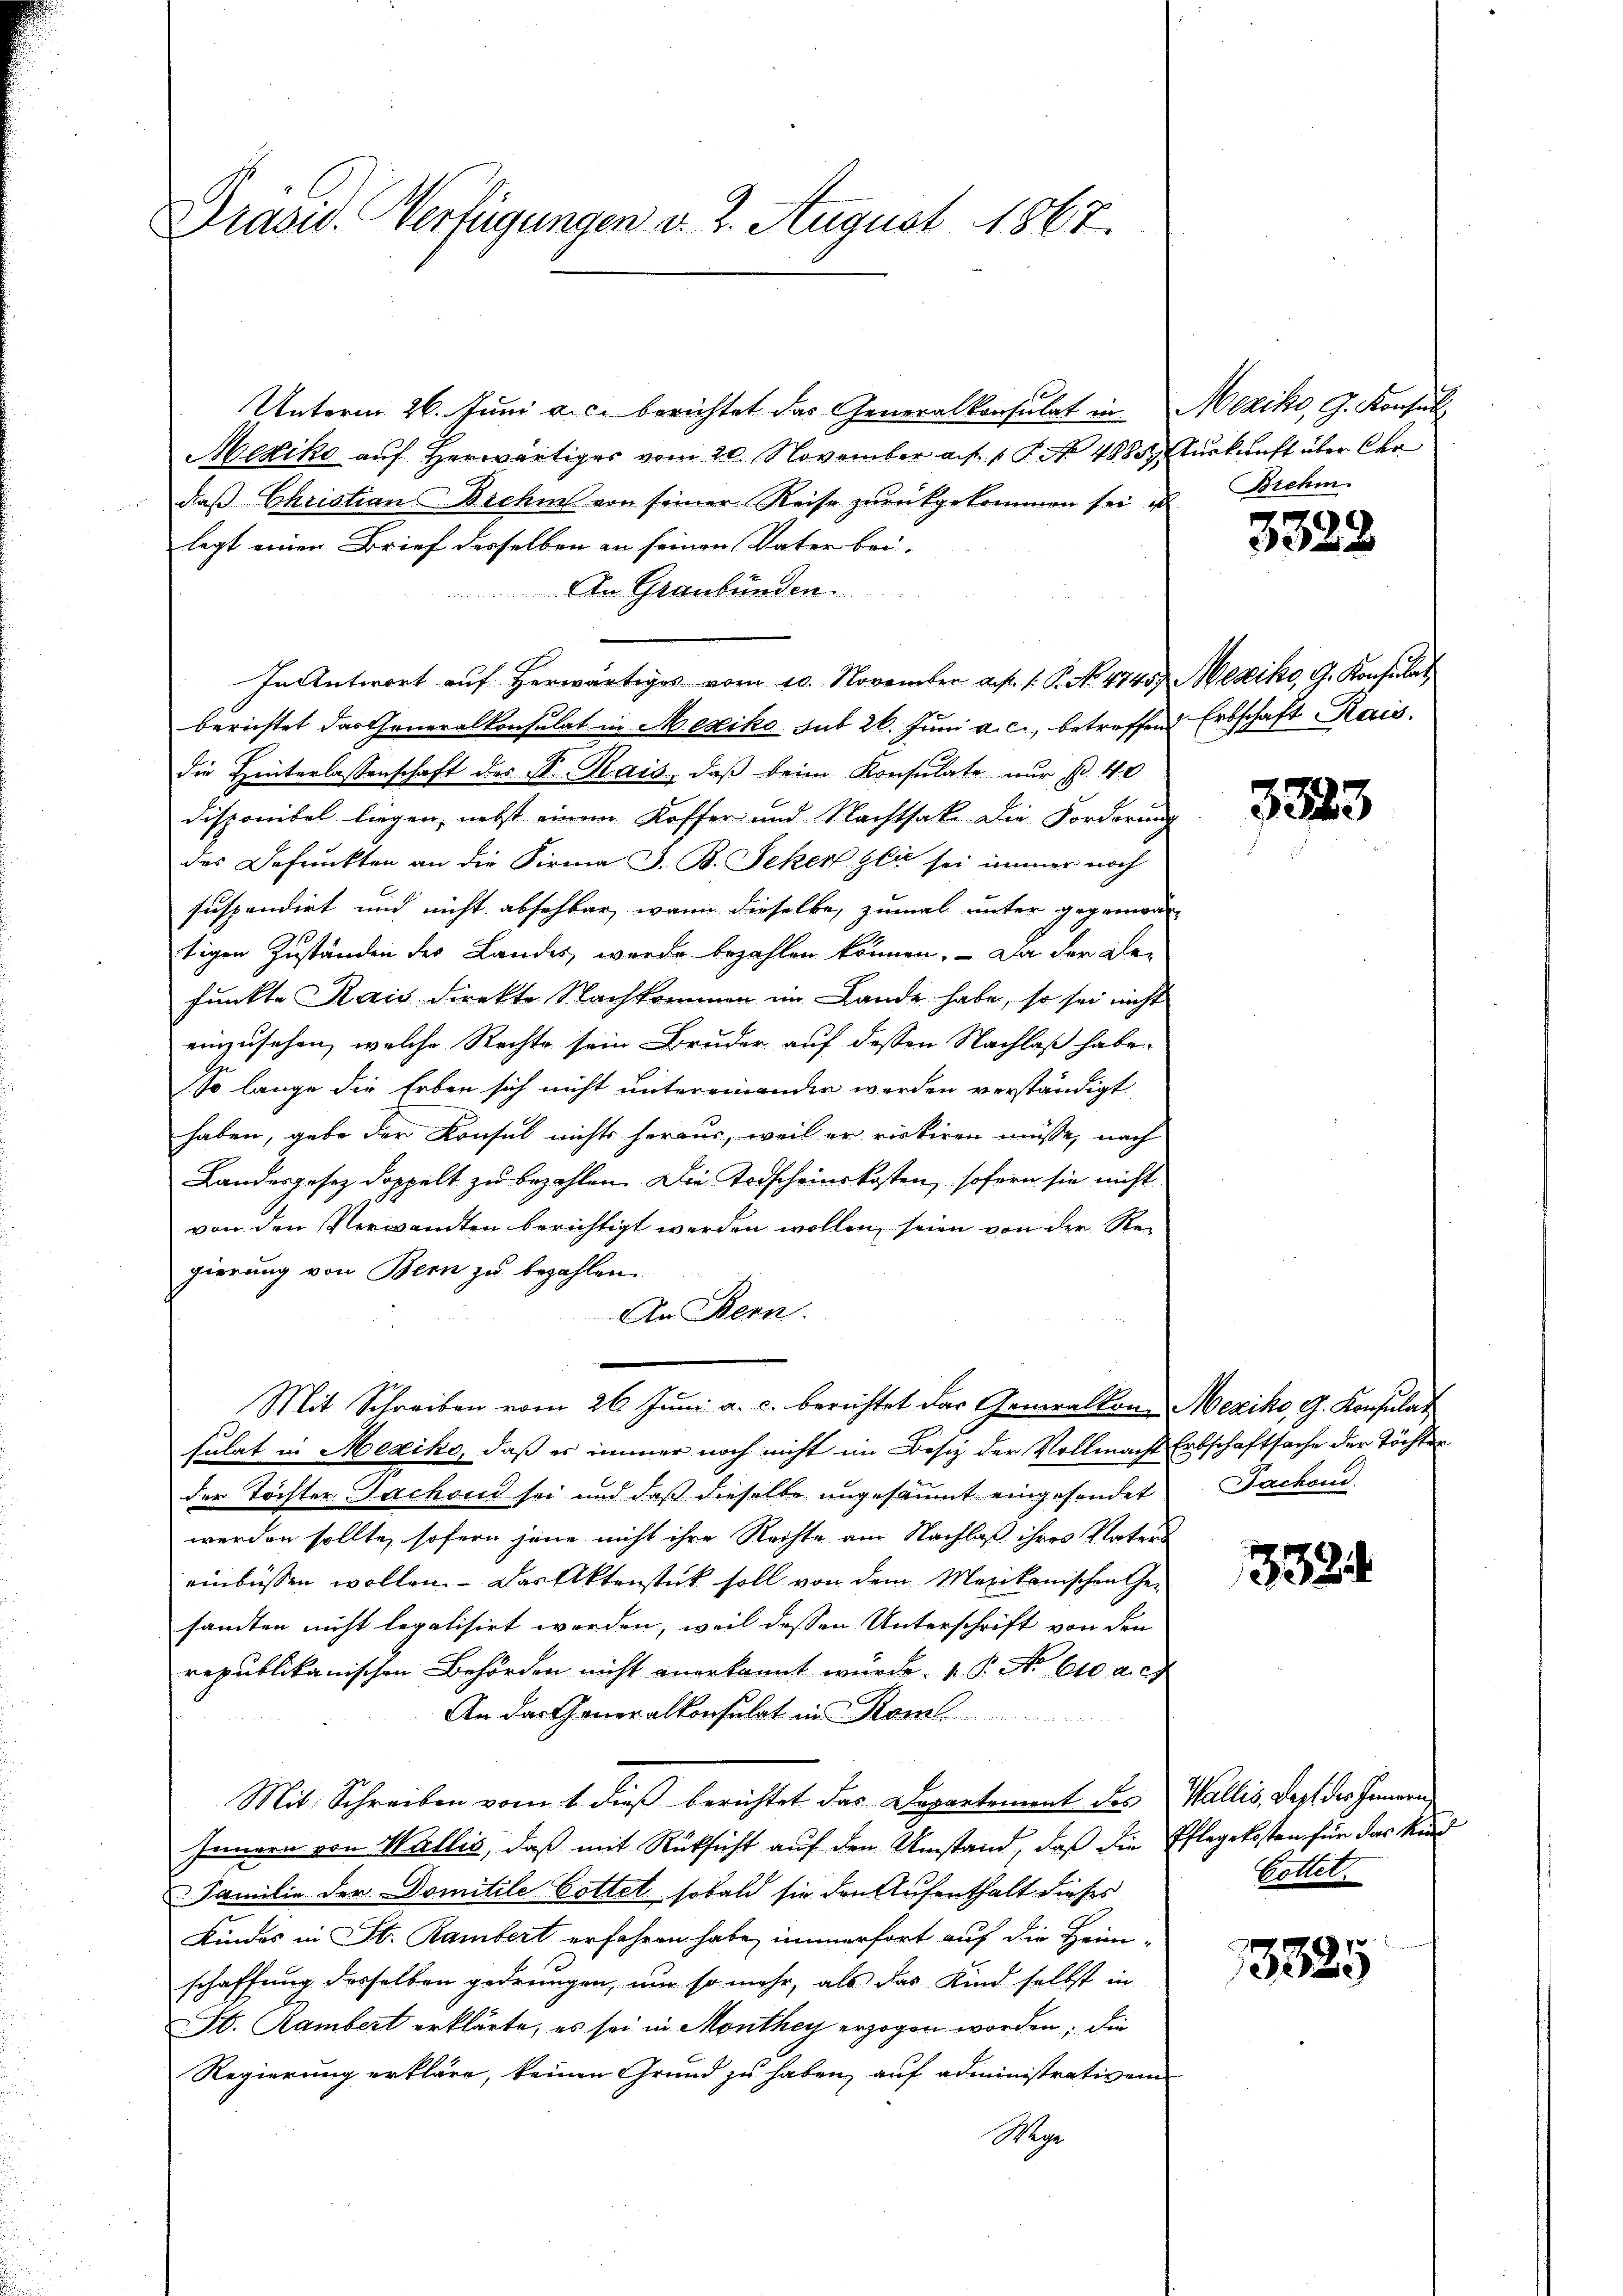
Drasu. Verfügungen d. 2. August 1867.

Unterm 26. Juni a.c. berichtet das Generalkonsulat in Mexiko, G. Konsul
Mexiko auf Herwärtiges vom 20. November ad 1. No 488. Auskunft über der
daß Christian Biche von seiner Reise zurückgekommen sei, u
legt einen Brief desselben an seinen Vater bei-
An Graubünden.
In Antwort auf herwärtiges vom 10. November a. p. 1. P. No. 4745) Mexiko, G. Konsulat
berichtet das Generalkonsulat in Mesiko sub 26. Juni a. c., betreffend Erbschaft Kais.
die Hinterlassenschaft des S. Rais, daβ beim Konsulate nur § 40
Disponibel liegen, nebst einem Koffer und Nachtsak. Die Forderung
des Befruckten an die Firma J. B. Schen Glie sei immer noch
suspendirt und nicht absehbar, wenn dieselbe, zumal unter gegenwär
tigen Zuständen der Landes werde bezahlen können. - Da der glefunkte Rais direkte Nachkommen im Lande habe, so sei nicht
einzusehen, welche Rechte sein Bruder auf dessen Nachlaß habe.
So lange die Erben sich nicht untereinander werden verständigt
haben, gebe der Konsul nichts heraus, weil er rickiren müsse, nach
Landesgesetz doppelt zu bezahlen. Die Todscheinskosten, sofern sie nicht
von den Verwandten berichtigt werden wollen, seien von der Regierung von Bern zu bezahlen.
An Bern.
Mit Schreiben vom 26. Juni a. c. berichtet das Generalkon-Mexiko, G. Konsulat
sulat in Mexiko, daß es immer noch nicht im Besiz der Vollmacht Erbschaftsache der Töchter
der Töchter Sachend sei und daß dieselbe ungesäumt eingesondet
werden sollte, sofern jene nicht ihre Rechte am Nachlaß ihres Vaters
einbüssen wollen. Das Aktenstück soll von dem Mexikanischen Gesandten nicht legalisirt werden, weil dessen Unterschrift von den
republikanischen Behörden nicht anerkannt wurde. 1. P. No 610 a. c
An das Generalkonsulat in Rom
Mit Schreiben vom 1. dieß berichtet das Departement des
Innern von Wallis, daß mit Rücksicht auf den Umstand, daß die Pflegekosten für das Kind
 Familie der Domitile Gottet sobald sie den Aufenthalt dieses
Kindes in St. Rambert erfahren habe, immerfort auf die Heim-
schaffung desselben gedrungen, um so mehr, als das Kind selbst in
St. Rambert erklärte, es sei in Monthey erzogen worden; die
Regierung erkläre, keinen Grund zu haben, auf administrativem
Mar

Brehm

3322

3323

Jackon.

3324

Wallis, Kopf des Innern
Gottet.

77
1382